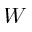
W